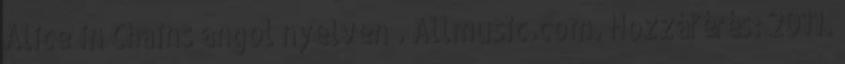
Alice in Chains angol nyelven . Allmusic.com. Hozzáférés: 2011.